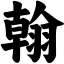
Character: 翰